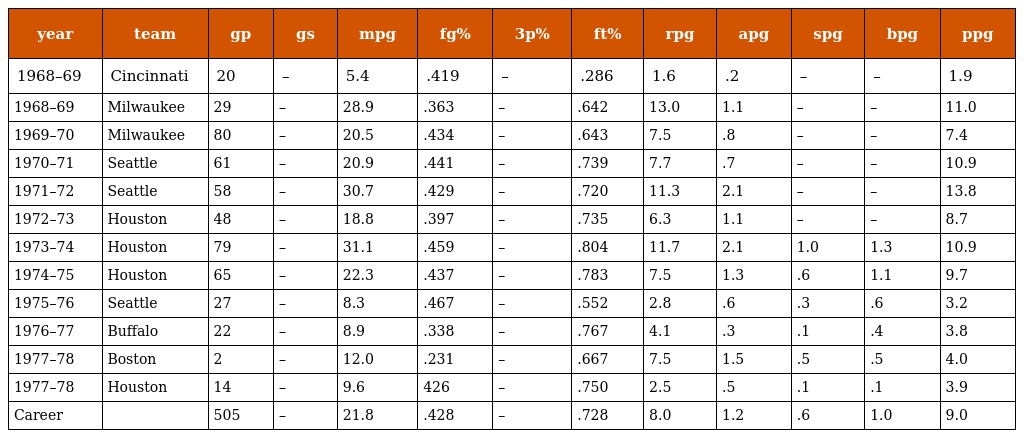
| year | team | gp | gs | mpg | fg% | 3p% | ft% | rpg | apg | spg | bpg | ppg |
 | --- | --- | --- | --- | --- | --- | --- | --- | --- | --- | --- | --- | --- |
 | 1968–69 | Cincinnati | 20 | – | 5.4 | .419 | – | .286 | 1.6 | .2 | – | – | 1.9 |
 | 1968–69 | Milwaukee | 29 | – | 28.9 | .363 | – | .642 | 13.0 | 1.1 | – | – | 11.0 |
 | 1969–70 | Milwaukee | 80 | – | 20.5 | .434 | – | .643 | 7.5 | .8 | – | – | 7.4 |
 | 1970–71 | Seattle | 61 | – | 20.9 | .441 | – | .739 | 7.7 | .7 | – | – | 10.9 |
 | 1971–72 | Seattle | 58 | – | 30.7 | .429 | – | .720 | 11.3 | 2.1 | – | – | 13.8 |
 | 1972–73 | Houston | 48 | – | 18.8 | .397 | – | .735 | 6.3 | 1.1 | – | – | 8.7 |
 | 1973–74 | Houston | 79 | – | 31.1 | .459 | – | .804 | 11.7 | 2.1 | 1.0 | 1.3 | 10.9 |
 | 1974–75 | Houston | 65 | – | 22.3 | .437 | – | .783 | 7.5 | 1.3 | .6 | 1.1 | 9.7 |
 | 1975–76 | Seattle | 27 | – | 8.3 | .467 | – | .552 | 2.8 | .6 | .3 | .6 | 3.2 |
 | 1976–77 | Buffalo | 22 | – | 8.9 | .338 | – | .767 | 4.1 | .3 | .1 | .4 | 3.8 |
 | 1977–78 | Boston | 2 | – | 12.0 | .231 | – | .667 | 7.5 | 1.5 | .5 | .5 | 4.0 |
 | 1977–78 | Houston | 14 | – | 9.6 | 426 | – | .750 | 2.5 | .5 | .1 | .1 | 3.9 |
 | Career |  | 505 | – | 21.8 | .428 | – | .728 | 8.0 | 1.2 | .6 | 1.0 | 9.0 |